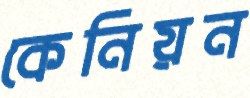
কেনিয়ন